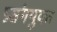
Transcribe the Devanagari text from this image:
प्रसंगयुक्त